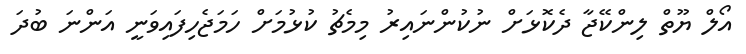
އޯލް ޔޫތް ލިންކޭޖާ ދެކޮޅަށް ނުކުންނައިރު މިމެޗު ކުޅުމަށް ހަމަޖެހިފައިވަނީ އަންނަ ބުދަ